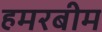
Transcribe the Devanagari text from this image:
हमरबीम